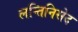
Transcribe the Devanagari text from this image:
लन्तिनिसेद